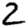
Digit: 2